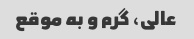
عالی، گرم و به موقع